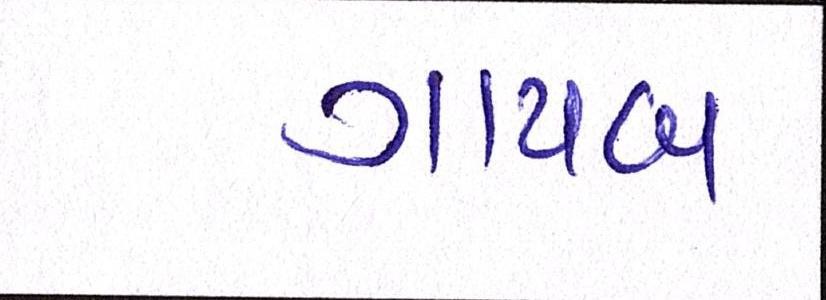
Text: ગાયબ